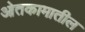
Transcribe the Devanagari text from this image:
ओतकामातील